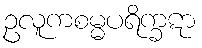
ဥလူကစမ္မပရိက္ခဋာ